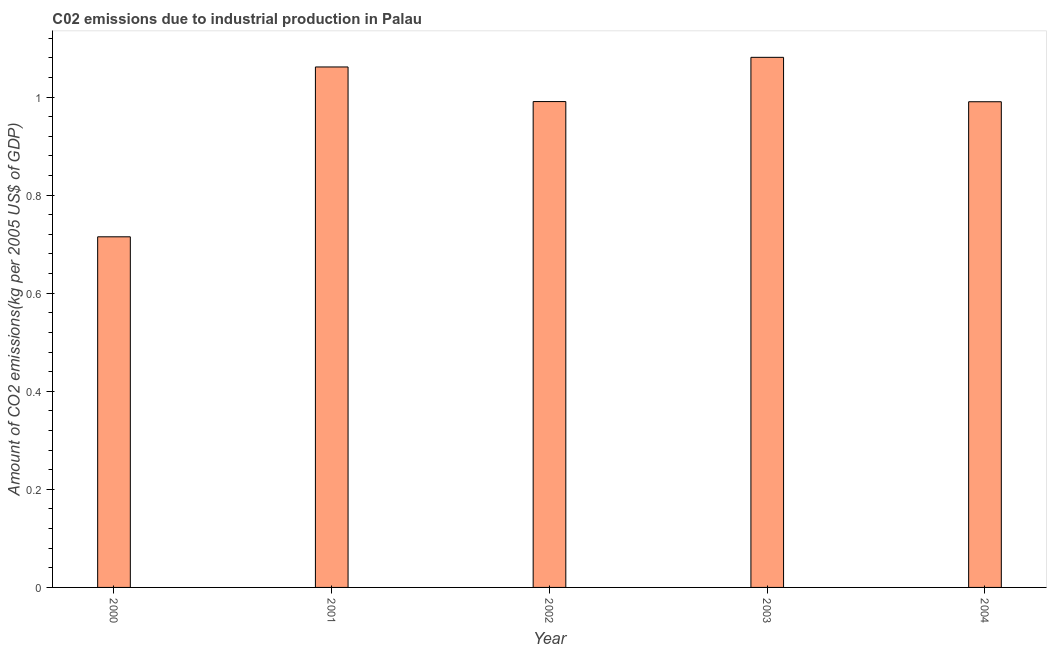
| Year | CO2 emissions  |
 | --- | --- |
 | 2000 | 0.715 |
 | 2001 | 1.06 |
 | 2002 | 0.991 |
 | 2003 | 1.08 |
 | 2004 | 0.99 |